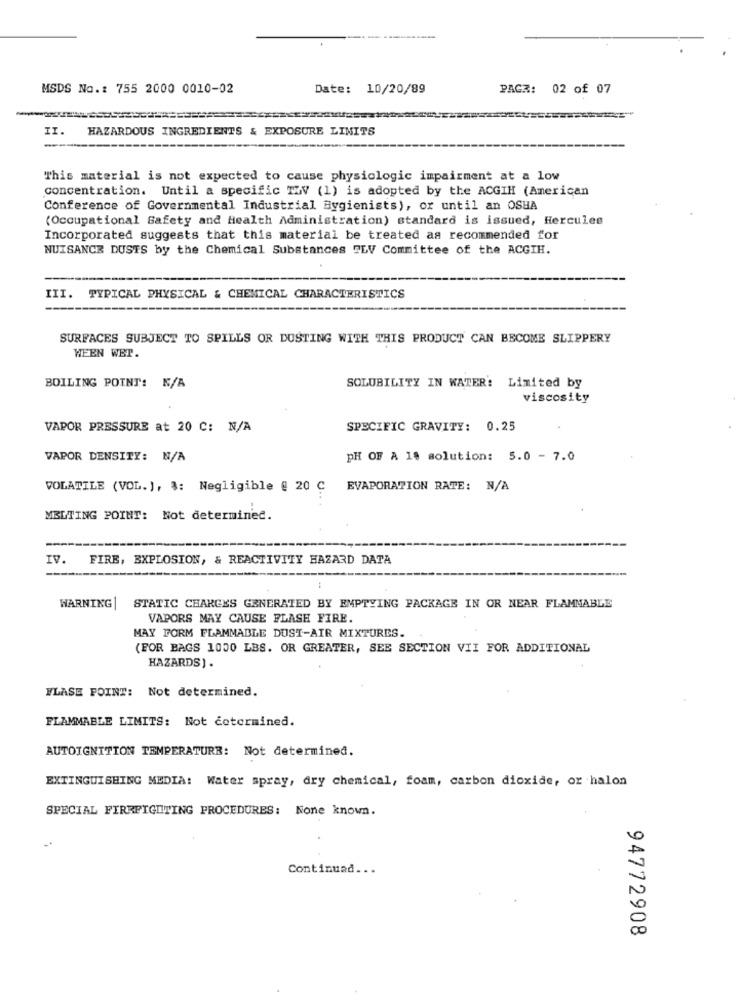
MSDS No .: 755 2000 0010-02
Date:
10/20/89
PAGE: 02 of 07
II.
HAZARDOUS INGREDIENTS & EXPOSURE LINITS
-
This material is not expected to cause physiologic impairment at a low
concentration. Until a specific TZV (1) is adopted by the ACGIH (American
Conference of Governmental Industrial Hygienists), or until an OSHA
(Occupational Safety and Health Administration) standard is issued, Hercules
Incorporated suggests that this material be treated as recommended for
NUISANCE DUSTS by the Chemical Substances FLV Committee of the ACGIH.
III.
TYPICAL PHYSICAL & CHEMICAL CHARACTERISTICS
SURFACES SUBJECT TO SPILLS OR DUSTING WITH THIS PRODUCT CAN BECOME SLIPPERY
WEEN WET.
BOILING POINT: N/A
SOLUBILITY IN WATER: Limited by
viscosity
VAPOR PRESSURE at 20 C: N/A
SPECIFIC GRAVITY: 0.25
VAPOR DENSITY: N/A
PH OF A 19 solution: 5.0 - 7.0
VOLATILE (VOL.), 3: Negligible @ 20 C EVAPORATION RATE: N/A
MELTING POINT: Not determined.
IV.
FIRE, EXPLOSION, & REACTIVITY HAZARD DATA
STATIC CHARGES GENERATED BY EMPTYING PACKAGE IN OR NEAR FLAMMABLE
WARNING|
VAPORS MAY CAUSE FLASH FIRE.
MAY FORM FLAMMABLE DUST-AIR MIXTURES.
(FOR BAGS 1000 LBS. OR GREATER, SEE SECTION VII FOR ADDITIONAL
HAZARDS) .
WLASE POINT: Not determined.
FLAMMABLE LIMITS: Not cotermined.
AUTOIGNITION TEMPERATURE: Not determined.
EXTINGUISHING MEDIA: Water spray, dry chemical, foam, carbon dioxide, or halon
SPECIAL FIREFIGHTING PROCEDURES: None known.
Continuad ...
94772908